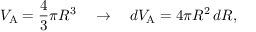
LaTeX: V _ { \mathrm { { A } } } = { \frac { 4 } { 3 } } \pi R ^ { 3 } \quad \rightarrow \quad d V _ { \mathrm { { A } } } = 4 \pi R ^ { 2 } \, d R ,